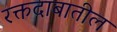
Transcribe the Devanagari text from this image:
रक्तदाबातील